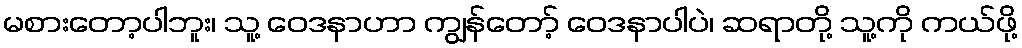
မစားတော့ပါဘူး၊ သူ့ ဝေဒနာဟာ ကျွန်တော့် ဝေဒနာပါပဲ၊ ဆရာတို့ သူ့ကို ကယ်ဖို့